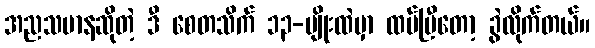
အညသမာနဆိုတဲ့ ဒီ စေတသိက် ၁၃-မျိုးထဲမှာ ထပ်ပြီတော့ ခွဲလိုက်တယ်။